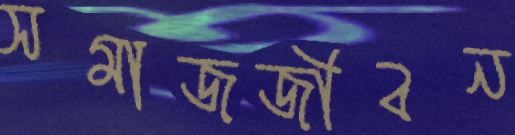
সমাজজীবন